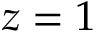
z = 1